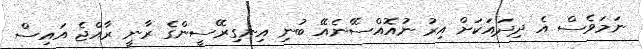
ނަމަވެސް އެ ދިދައަކަށް އިރު ނުއޮއްސޭނެއޭ ބުނި އިނގިރޭސީންގެ ރާނީ ރާއްޖެ އައިސް